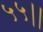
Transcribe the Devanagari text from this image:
५५।।